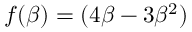
f ( \beta ) = ( 4 \beta - 3 \beta ^ { 2 } )